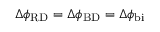
\Delta \phi _ { \mathrm { R D } } = \Delta \phi _ { \mathrm { B D } } = \Delta \phi _ { \mathrm { b i } }